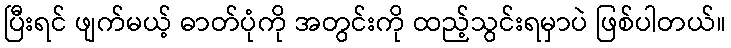
ပြီးရင် ဖျက်မယ့် ဓာတ်ပုံကို အတွင်းကို ထည့်သွင်းရမှာပဲ ဖြစ်ပါတယ်။